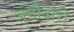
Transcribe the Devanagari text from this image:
ज़मीदारी